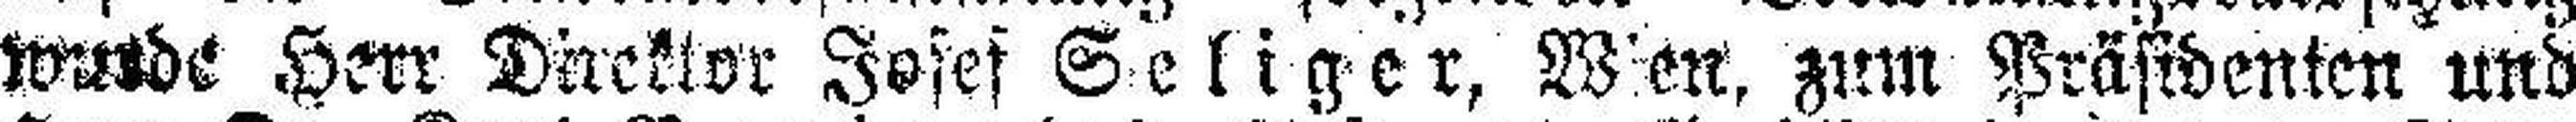
wurde Herr Direktor Josef Geliger, Wien, zum Präsidenten und